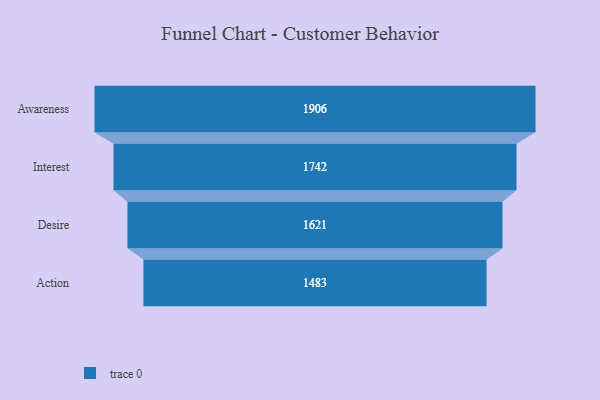
{"axis": {"x": "Stage", "y": "Value"}, "legend": [""], "data": [{"x": "Awareness", "y": 1906.0, "type": ""}, {"x": "Interest", "y": 1742.0, "type": ""}, {"x": "Desire", "y": 1621.0, "type": ""}, {"x": "Action", "y": 1483.0, "type": ""}]}